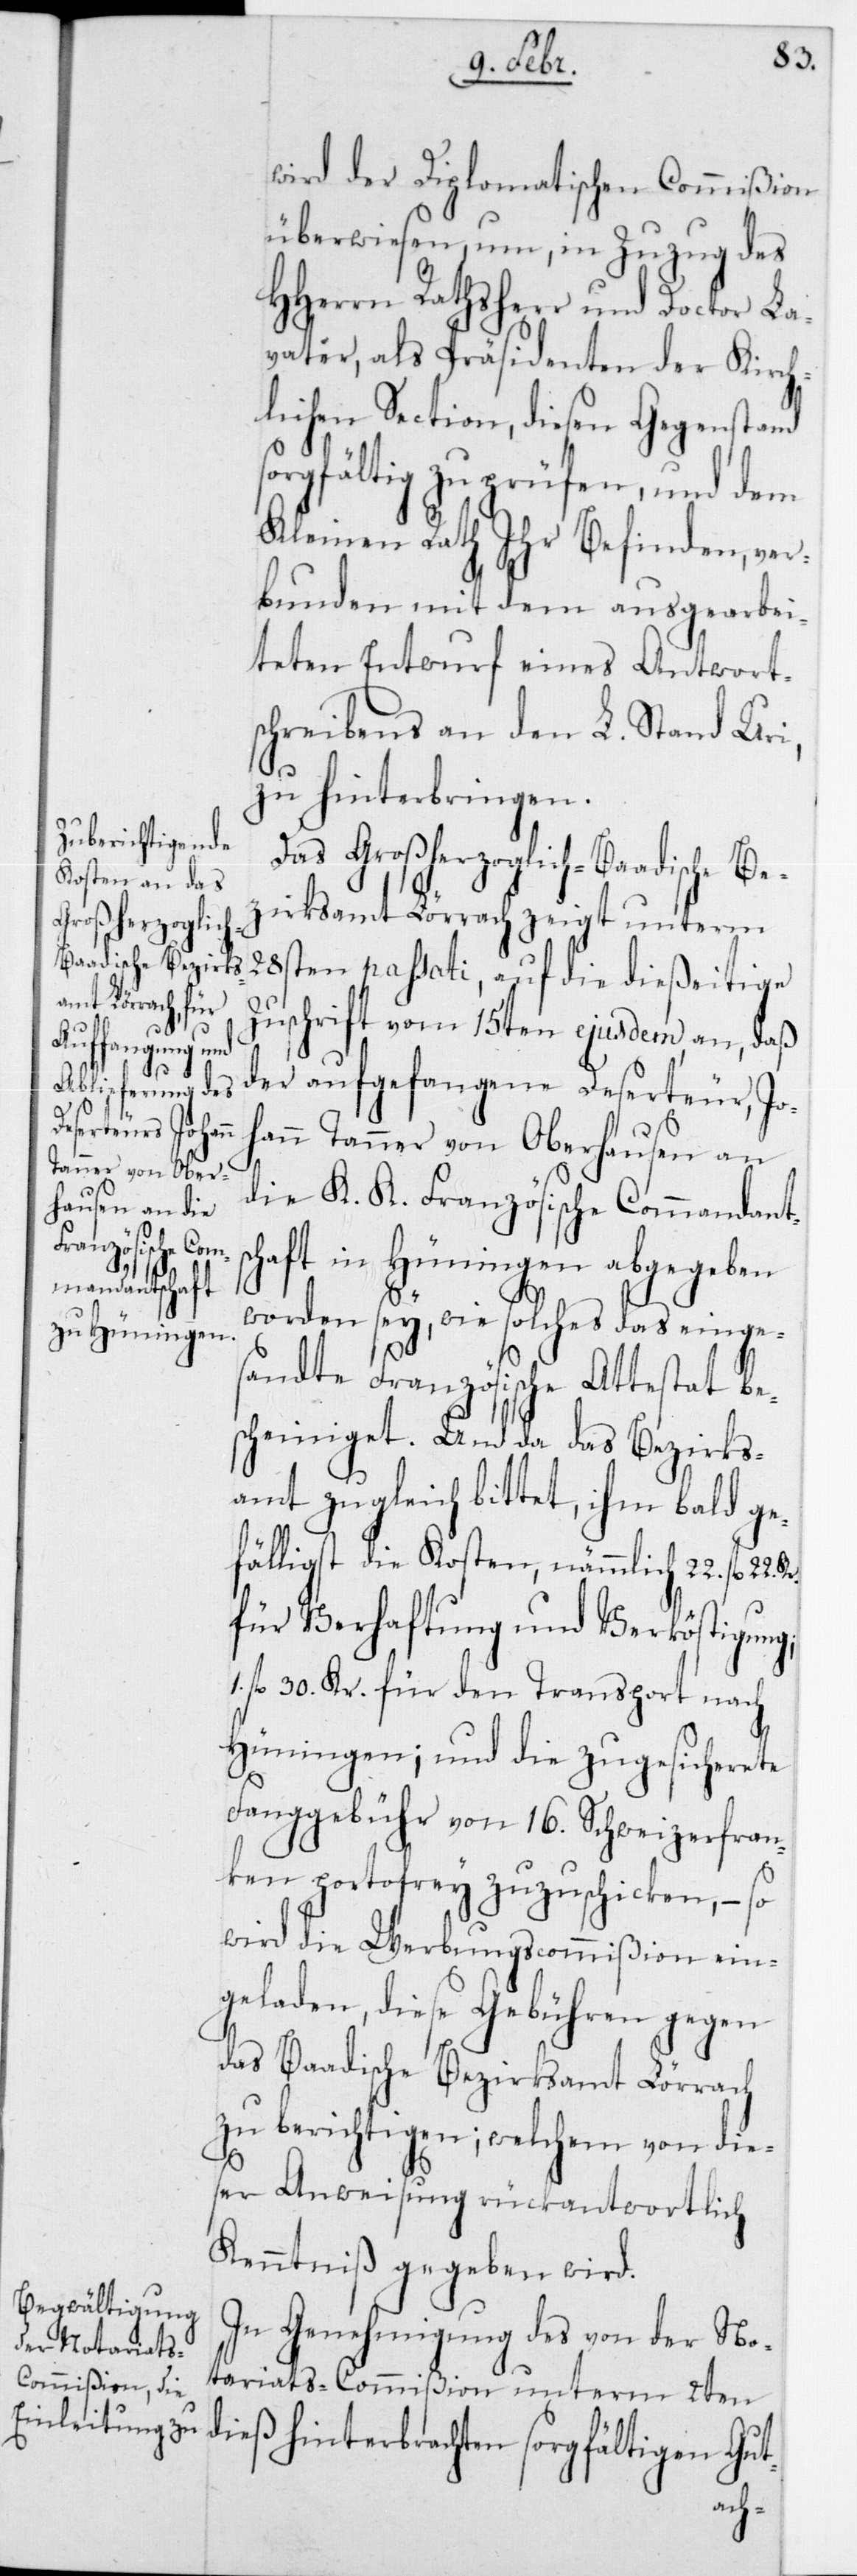
wird der diplomatischen Commißion
überwiesen, um in Zuzug des
HHerren Rathsherr und Doctor La¬
vater, als Präsidenten der Kirch¬
lichen Section, diesen Gegenstand
sorgfältig zu prüfen, und dem
Kleinen Rath Ihr Befinden, ver¬
bunden mit dem ausgearbei¬
teten Entwurf eines Antwort¬
schreibens an den L. Stand Uri,
zu hinterbringen.
Das Großerzoglich-Badische Be¬
zirksamt Lörrach zeigt unterm
28sten passati, auf die dießeitige
Zuschrift vom 15ten ejusdem, an, daß
der aufgefangene Deserteur, Jo¬
hann Tanner von Oberhausen an
die K. K. Französische Commandants¬
chaft in Hüningen abgegeben
worden sey, wie solches das einges¬
andte Französische Attestat be¬
scheiniget. Und da das Bezirks¬
amt zugleich bittet, ihm bald ge¬
fälligst die Kosten, nämmlich 22 fl. 22
für Verhaftung und Verköstigung,
1 fl. 30 Kr. für den Transport nach
Hüningen; und die zugesicherete
Fanggebühr von 16 Schweizerfran¬
ken portofrey zuzuschicken, – so
wird die Werbungscommißion ein¬
geladen, diese Gebühren gegen
das Badische Bezirksamt Lörrach
zu berichtigen; welchem von die¬
ser Anweisung rückantwortlich
Kenntniß gegeben wird.
In Genehmigung des von der No¬
tariats-Commißion unterm 2ten
dieß hinterbrachten sorgfältigen Gut-